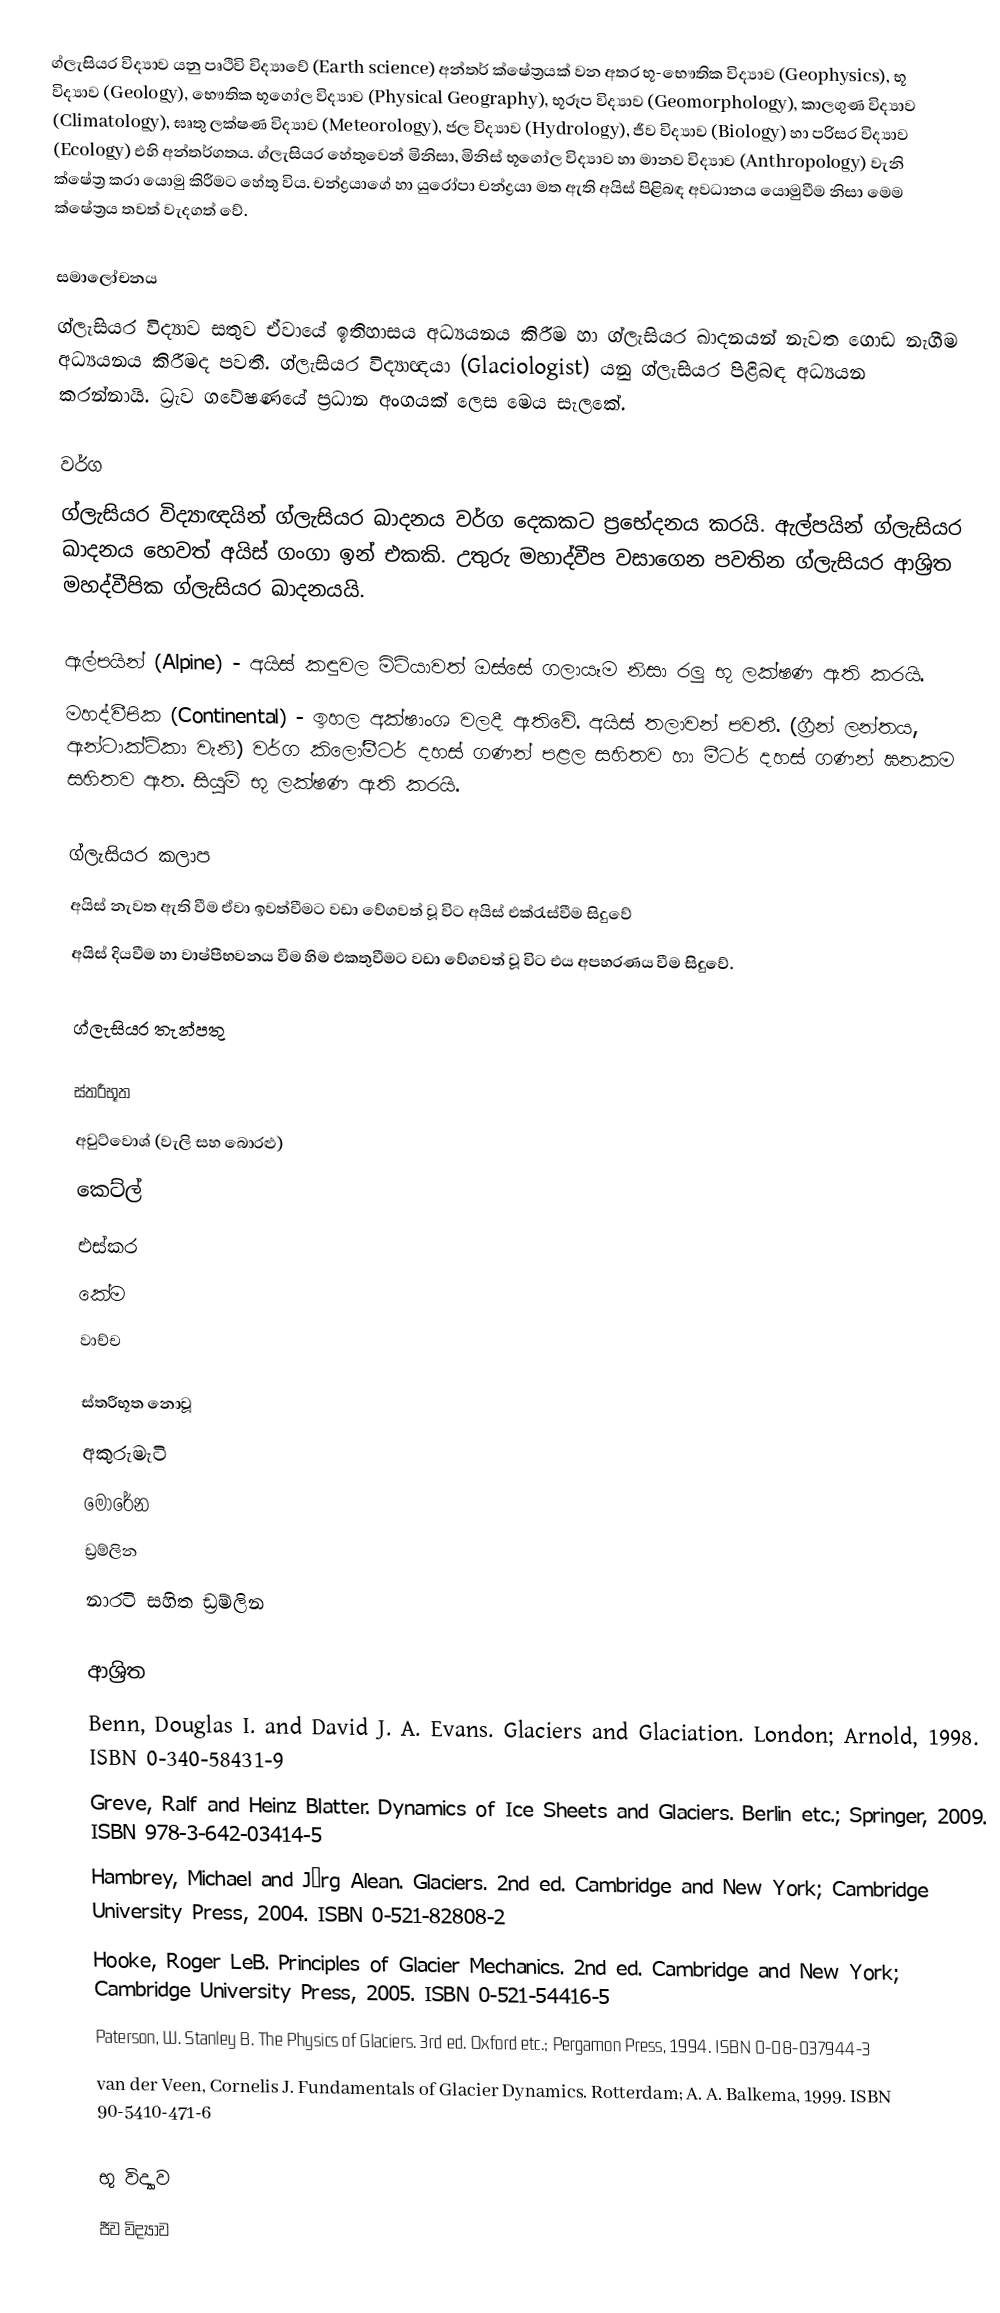
ග්ලැසියර විද්‍යාව යනු පෘථිවි විද්‍යාවේ (Earth science) අන්තර් ‍ක්ෂේත්‍රයක් වන අතර භූ-භෞතික විද්‍යාව (Geophysics), භූ විද්‍යාව (Geology), භෞතික භූගෝල විද්‍යාව (Physical Geography), භූරූප විද්‍යාව (Geomorphology), කාලගුණ විද්‍යාව (Climatology), ඝෘතු ලක්ෂණ විද්‍යාව (Meteorology), ජල විද්‍යාව (Hydrology), ජීව විද්‍යාව (Biology) හා පරිසර විද්‍යාව (Ecology) එහි අන්තර්ගතය.  ග්ලැසියර හේතුවෙන් මිනිසා, මිනිස් භූගෝල විද්‍යාව හා මානව විද්‍යාව (Anthropology) වැනි ක්ෂේත්‍ර කරා යොමු කිරීමට හේතු විය.  චන්ද්‍රයාගේ හා යුරෝපා චන්ද්‍රයා මත ඇති අයිස් පිළිබඳ අවධානය යොමුවීම නිසා මෙම ක්ෂේත්‍රය තවත් වැදගත් වේ.

සමාලෝචනය
ග්ලැසියර විද්‍යාව සතුව ඒවායේ ඉතිහාසය අධ්‍යයනය කිරීම හා ග්ලැසියර ඛාදනයන් නැවත ගොඩ නැගීම අධ්‍යයනය කිරීමද පවතී.  ග්ලැසියර විද්‍යාඥයා (Glaciologist) යනු ග්ලැසියර පිළිබඳ අධ්‍යයන කරන්නායි. ධ්‍රැව ගවේෂණයේ ප්‍රධාන අංගයක් ලෙස මෙය සැලකේ.

වර්ග
ග්ලැසියර විද්‍යාඥයින් ග්ලැසියර ඛාදනය වර්ග දෙකකට ප්‍රභේදනය කරයි.  ඇල්පයින් ග්ලැසියර ඛාදනය හෙවත් අයිස් ගංගා ඉන් එකකි.  උතුරු මහාද්වීප වසාගෙන පවතින ග්ලැසියර ආශ්‍රිත මහද්වීපික ග්ලැසියර ඛාදනයයි.

ඇල්පයින් (Alpine) - අයිස් කඳුවල මිටියාවත් ඔස්සේ ගලායෑම නිසා රලු භූ ලක්ෂණ ඇති කරයි.
මහද්වීපික (Continental) - ඉහල අක්ෂාංශ වලදී ඇතිවේ.  අයිස් තලාවන් පවතී.  (ග්‍රීන් ලන්තය, ඇන්ටාක්ටිකා වැනි) වර්ග කිලෝමීටර් දහස් ගණන් පළල සහිතව හා මීටර් දහස් ගණන් ඝනකම සහිතව ඇත.  සියුම් භූ ලක්ෂණ ඇති කරයි.

ග්ලැසියර කලාප
අයිස් නැවත ඇති වීම ඒවා ඉවත්වීමට වඩා වේගවත් වූ විට අයිස් එක්රැස්වීම සිදුවේ
අයිස් දියවීම හා වාෂ්පීභවනය වීම හිම එකතුවීමට වඩා වේගවත් වූ විට එය අපහරණය වීම සිදුවේ.

ග්ලැසියර තැන්පතු

ස්තරීභූත
අවුට්වොශ් (වැලි සහ බොරළු)
කෙට්ල්
එස්කර
කේම
වාච්ච

ස්තරීභූත නොවූ
අකුරුමැටි
මොරේන
ඩ්‍රම්ලින
නාරටි සහිත ඩ්‍රම්ලින

ආශ්‍රිත
Benn, Douglas I. and David J. A. Evans. Glaciers and Glaciation. London; Arnold, 1998. ISBN 0-340-58431-9
Greve, Ralf and Heinz Blatter. Dynamics of Ice Sheets and Glaciers. Berlin etc.; Springer, 2009. ISBN 978-3-642-03414-5
Hambrey, Michael and Jürg Alean. Glaciers. 2nd ed. Cambridge and New York; Cambridge University Press, 2004. ISBN 0-521-82808-2
Hooke, Roger LeB. Principles of Glacier Mechanics. 2nd ed. Cambridge and New York; Cambridge University Press, 2005. ISBN 0-521-54416-5
Paterson, W. Stanley B. The Physics of Glaciers. 3rd ed. Oxford etc.; Pergamon Press, 1994. ISBN 0-08-037944-3
van der Veen, Cornelis J. Fundamentals of Glacier Dynamics. Rotterdam; A. A. Balkema, 1999. ISBN 90-5410-471-6

භූ විද්‍යාව
ජීව විද්‍යාව